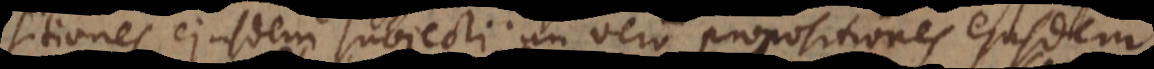
sitiones ejusdem subjecti; an vero propositiones ejusdem